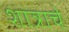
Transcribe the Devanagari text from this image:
शात्राचे